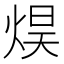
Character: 𰞮